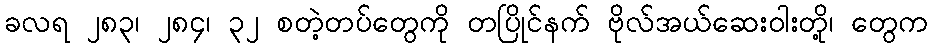
ခလရ ၂၈၃၊ ၂၈၄၊ ၃၂ စတဲ့တပ်တွေကို တပြိုင်နက် ဗိုလ်အယ်ဆေးဝါးတို့၊ တွေက